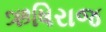
ઋષિરાજ